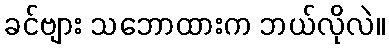
ခင်ဗျား သဘောထားက ဘယ်လိုလဲ။